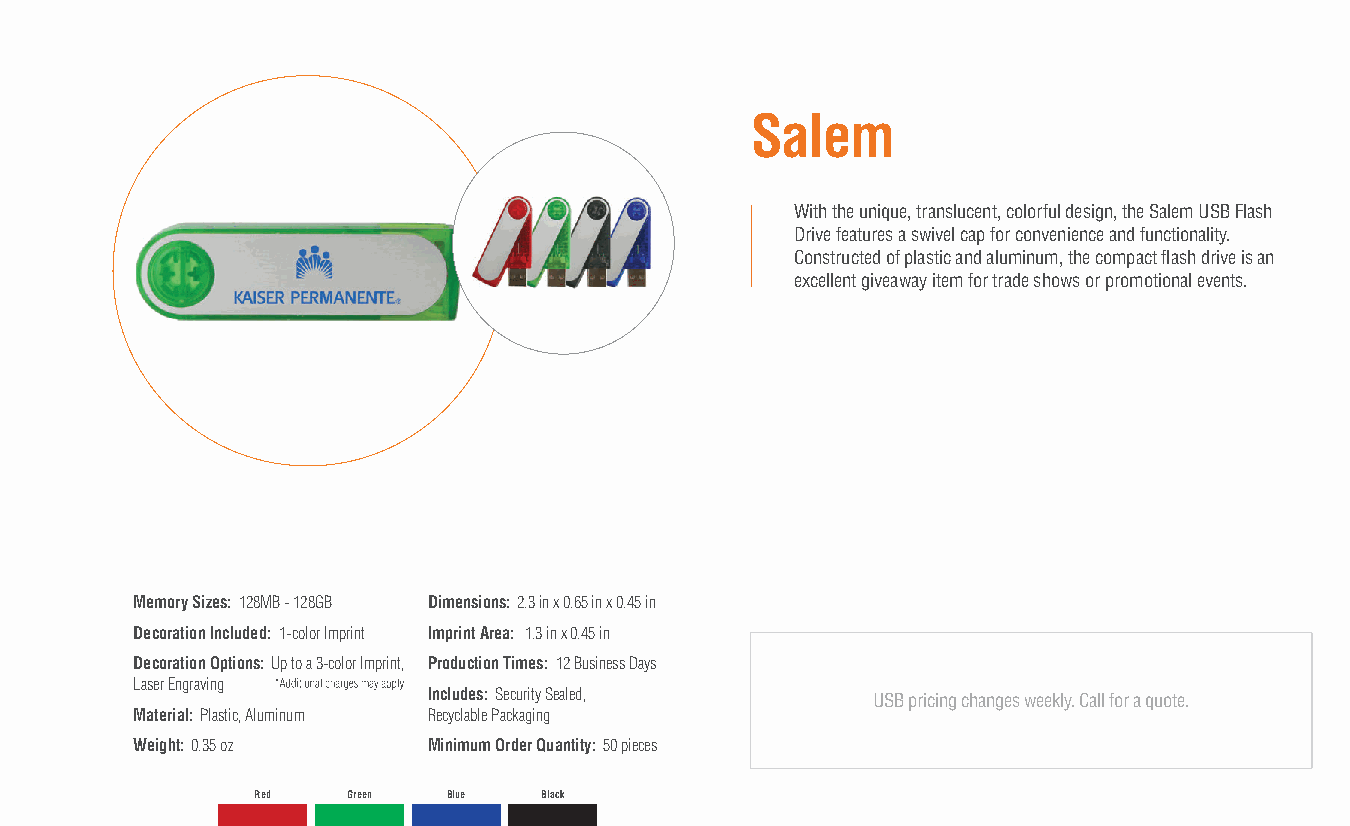
Salem
 With the unique, translucent, colorful design, the Salem USB Flash
 Drive features a swivel cap for convenience and functionality.
 Constructed of plastic and aluminum, the compact flash drive is an
 excellent giveaway item for trade shows or promotional events.
 Memory Sizes: 128MB - 128GB Dimensions: 2.3 in x 0.65 in x 0.45 in
 Decoration Included: 1-color Imprint Imprint Area: 1.3 in x 0.45 in
 Decoration Options: Up to a 3-color Imprint, Production Times: 12 Business Days
 Laser Engraving
 Includes: Security Sealed,    USB pricing changes weekly. Call for a quote.
 Material: Plastic, Aluminum Recyclable Packaging
 Weight: 0.35 oz    Minimum Order Quantity: 50 pieces
 Red   Green  Blue  Black